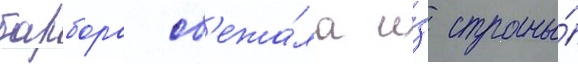
барбора сб'ежа́ла и́з страны́